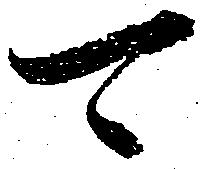
可